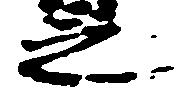
之